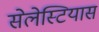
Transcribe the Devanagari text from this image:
सेलेस्टियास